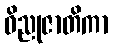
ဝိညုဇာတိကာ